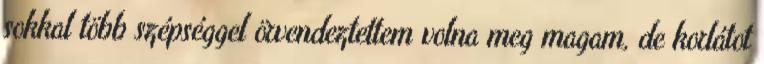
sokkal több szépséggel örvendeztettem volna meg magam, de korlátot